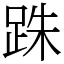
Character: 跦